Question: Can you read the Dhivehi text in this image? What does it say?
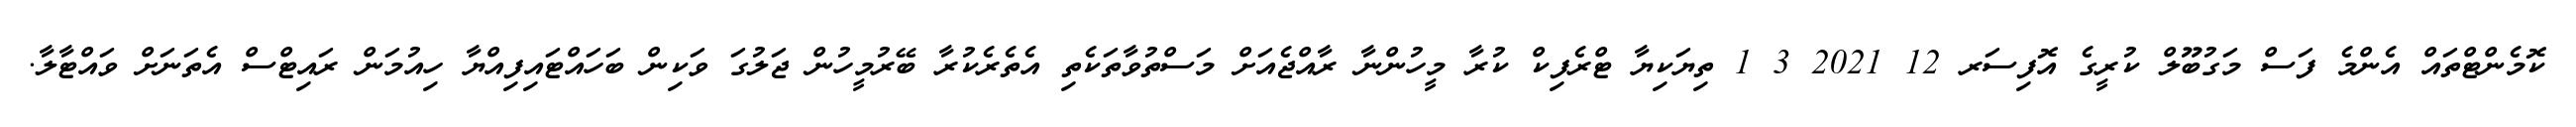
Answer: ކޮމެންޓްތައް އެންމެ ފަސް މަގުބޫލް ކުރީގެ އޮފިސަރ 12 2021 3 1 ތިޔަކިޔާ ޓްރެފިކް ކުރާ މީހުންނާ ރާއްޖެއަށް މަސްތުވާތަކެތި އެތެރެކުރާ ބޭރުމީހުން ޖަލުގަ ވަކިން ބަހައްޓައިފިއްޔާ ހިއުމަން ރައިޓްސް އެތަނަށް ވައްޓާލާ.